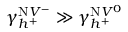
\gamma _ { h ^ { + } } ^ { \mathrm { N } V ^ { - } } \gg \gamma _ { h ^ { + } } ^ { \mathrm { N } V ^ { 0 } }